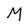
Character: M